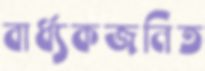
বার্ধ্যকজনিত